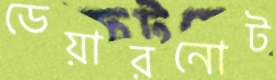
ডেয়ারনোট